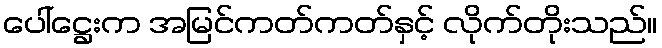
ပေါ်ဋ္ဌေးက အမြင်ကတ်ကတ်နှင့် လိုက်တိုးသည်။